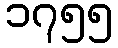
၁၇၅၅